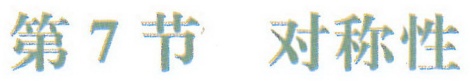
第7节 对称性